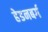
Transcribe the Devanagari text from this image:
हेडनबर्ग